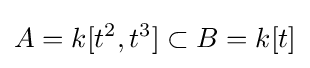
A=k[t^{2},t^{3}]\subset B=k[t]